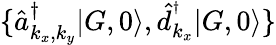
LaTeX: \{ \hat{a}_{{k_{x},k_{y}}}^{\dagger}|G,0\rangle,\hat{d}_{k_{x}}^{^\dagger}|G,0\rangle\}